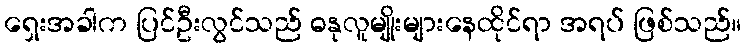
ရှေးအခါက ပြင်ဦးလွင်သည် ဓနုလူမျိုးများနေထိုင်ရာ အရပ် ဖြစ်သည်။